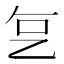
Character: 𬼟